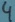
Text: 4